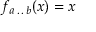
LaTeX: f _ { a \, . \, . \, b } ( x ) = x